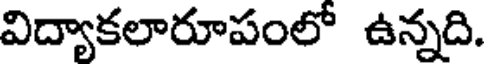
విద్యాకలారూపంలో ఉన్నది.